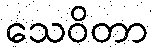
သေဝိတာ